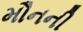
મૌનની